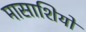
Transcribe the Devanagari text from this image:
मासाशियो